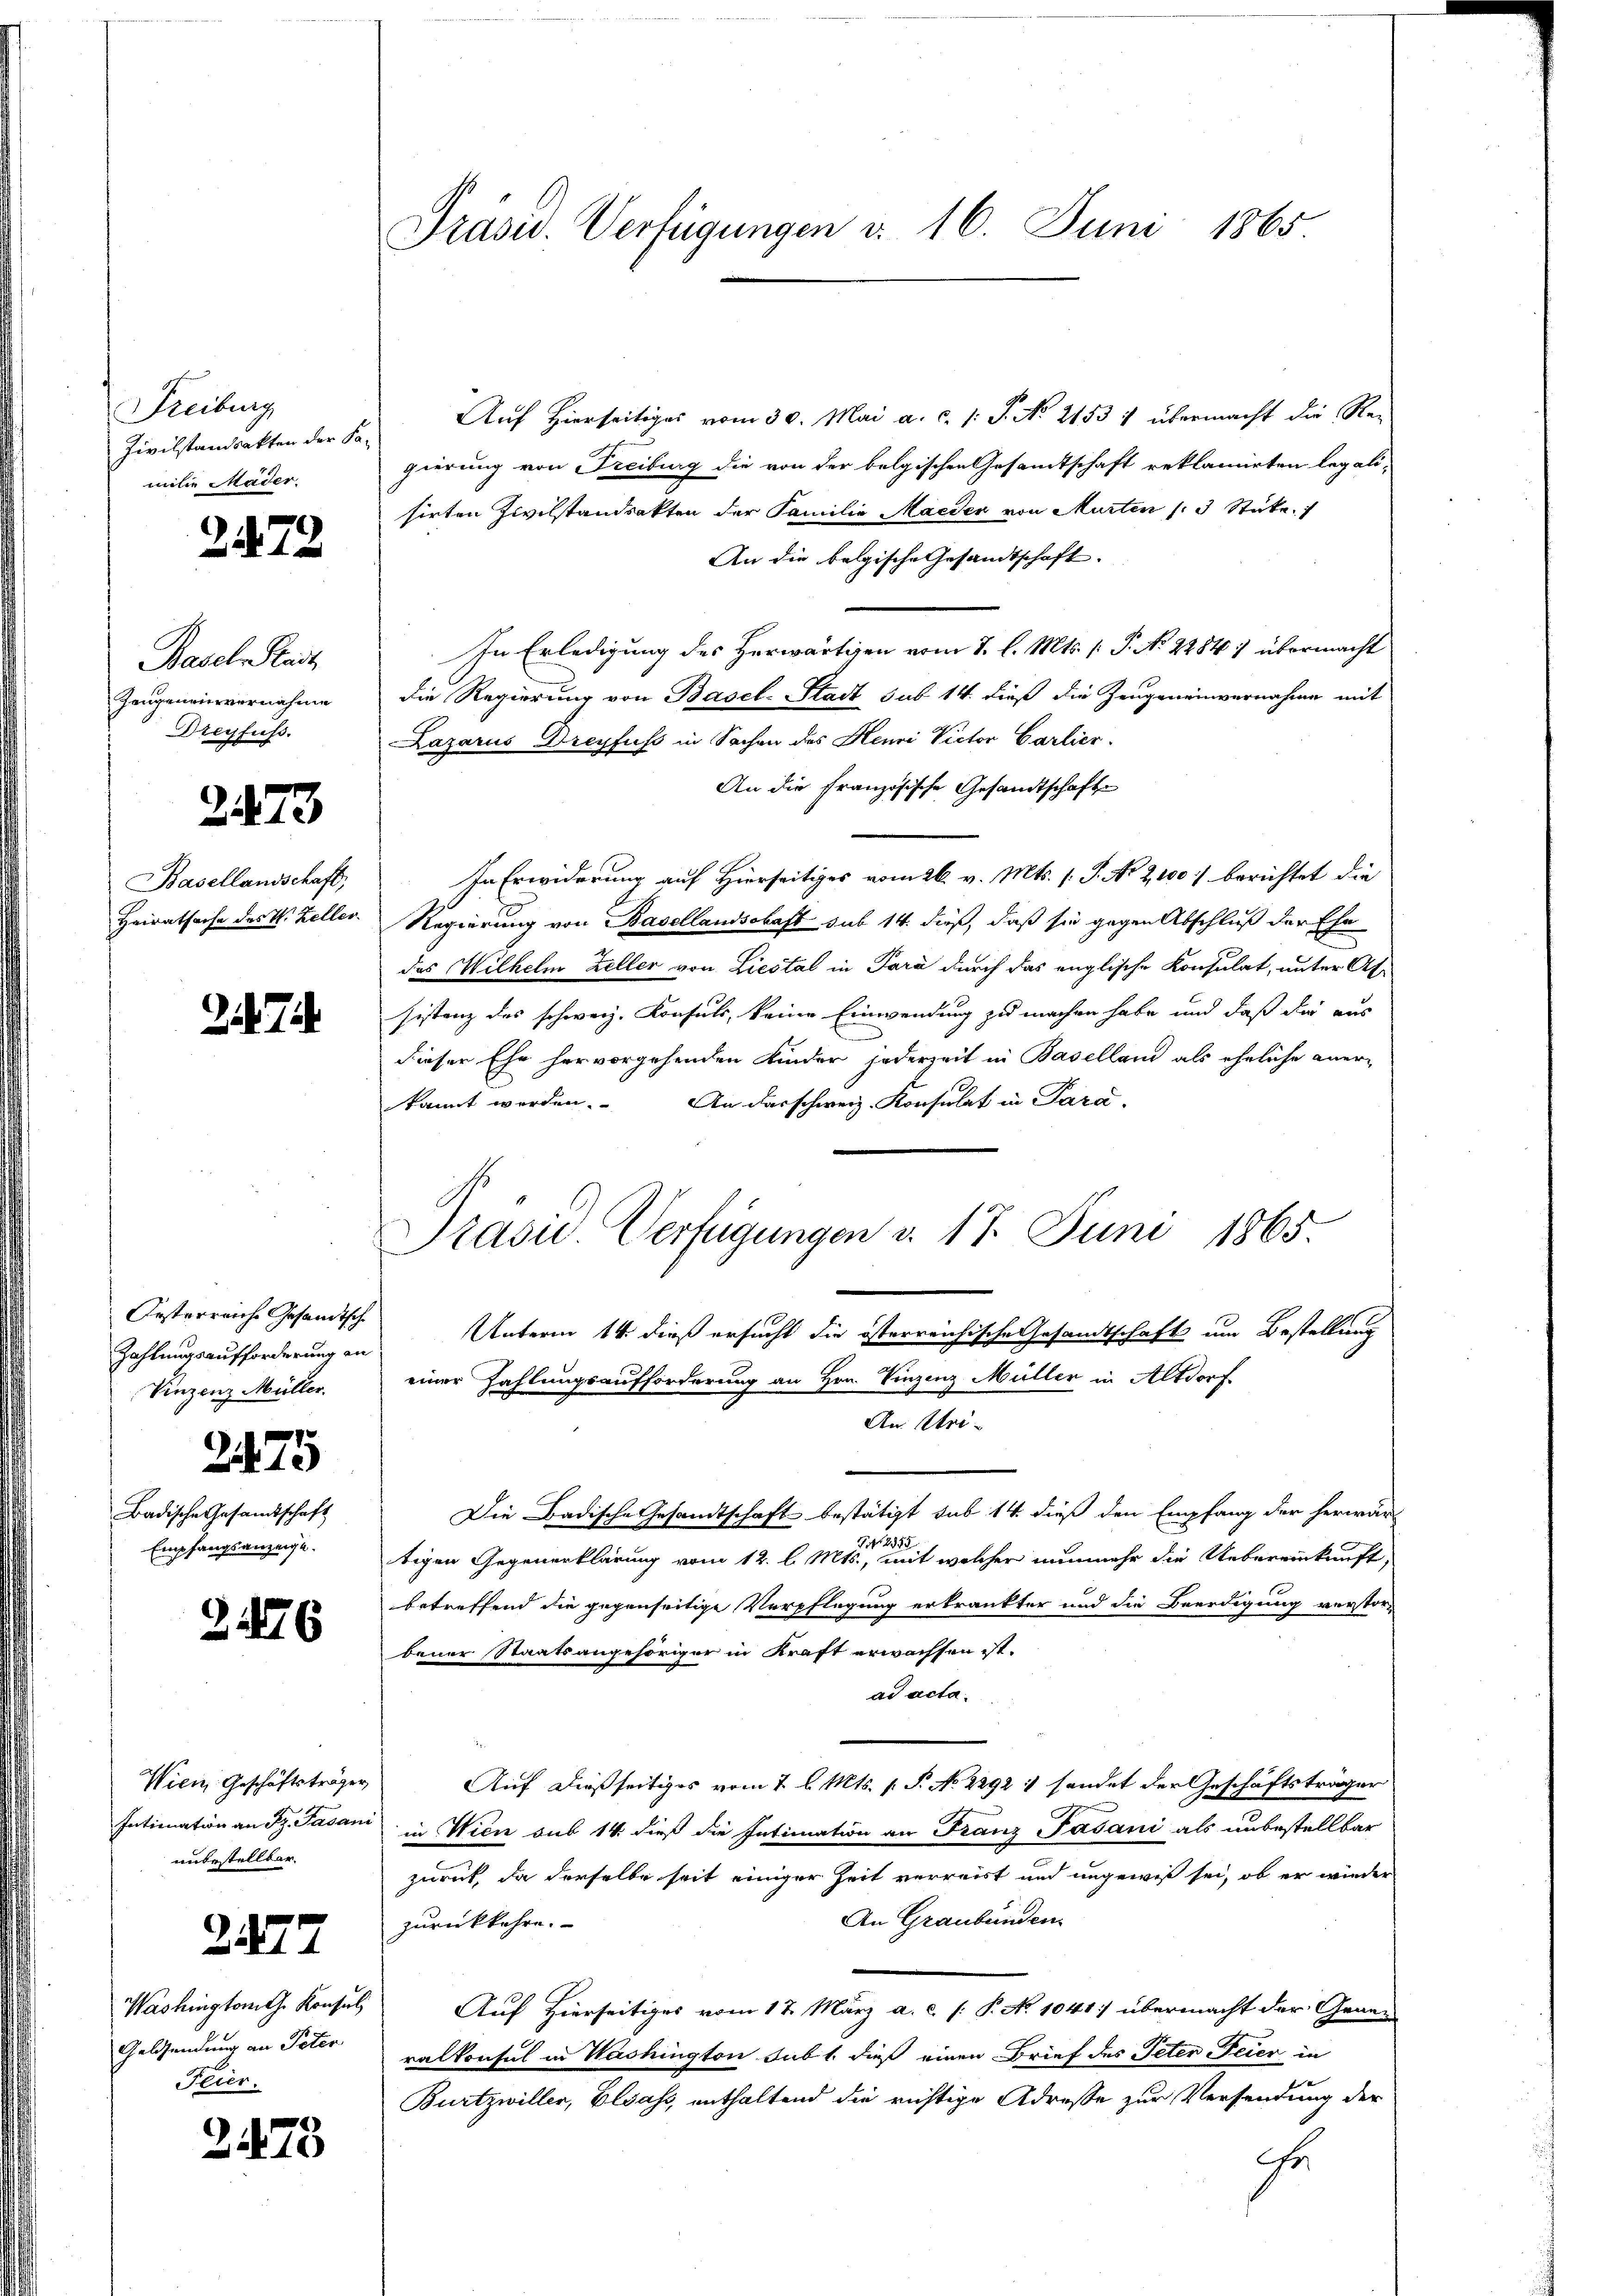
Freiburg
Zivilstandsakten der Pa-
milie Mäder.

2472

Basel-Stadt
Zeugeneinvernahme
Dreyfuss.

2473

Basellandschaft,
Hairatsache des V. Zeller.

7

Ersterreiche Gesandtsch
Vinzenz Müller.

Badische Gesandtschaft
Empfangsanzeige.

2475

2126

Wien, Geschäftsträger
Intimation an Dz. Fasani
unbestellbar.

2177

Washington Konsul
Geldsendung an Peter
Feier.

2475

Präsid. Verfügungen d. 16. Juni 1865.

Auf hierseitiges vom 30. Mai a. c. s. S. No. 2153 4 übermacht die Re-
gierung von Freiburg die von der belgischen Gesamtschaft reklamirten legali-
sirten Zivilstandsakten der Familie Maeder von Murten 3 Stücke
An die belgische Gesandtschaft.
In Erledigung des Herwärtigen vom 7. l. Mts. (: P. No 2284) übermacht
die Regierung von Basel-Stadt sub 14. dieß die Zeugeneinvernahme mit
Lazarus Dreyfuss in Sachen des Henri Victor Carlier.
An die Französische Gesandtschafte
In Erwiderung auf Hierseitiges vom 26. v. Mts. (T. No. 2100) berichtet die
Regierung von Basellandschaft sub 14. dieß, daß sie gegen Abschluß der Ehe
das Wilhelm Zeller von Liestal in Para durch das englische Konsulat, unter Atsistanz des schweiz. Konsuls, keine Einwendung zu machen habe und daß die aus
dieser Ehe hervorgehenden Kinder jederzeit in Baselland als eheliche aner-
kannt werden. An darschweiz. Konsulat in Para-

Präsid. Verfügungen v. 17. Juni 1865.
Zahlungsaufforderungen Unterm 14. dieß ersucht die österreichische Gesandtschaft um Bestellung
einer Zahlungsaufforderung an Hrn. Vinzenz Müller in Altdorf

An Uri-
Die Badische Gesandtschaft bestätigt sub 14. dieß den Empfang der herwär
NNo. 2353
tigen Gegenerklärung vom 12. l. Mts., mit welcher nunmehr die Uebereinkunft,
betreffend die gegenseitige Verpflegung erkrankter und die Beerdigung verstor-
bener Staatsangehöriger in Kraft erwachsen ist.
ad acta.
Auf dießseitiges vom 2 l. Mts. 1. P. No 22921 sendet der Geschäftsträger
in Wien sub 14. dieß die Intimation an Franz Fasani als unbestellbar
zurück, da derselbe seit einiger Zeit verreist und ungewiß sei, ob er wieder
An Graubünden
zurückkehre.
Auf Hierseitiges vom 12. März a. c. (: P. No 1041 übermacht der Gener
ralkonsul in Washington subt dieß einen Brief des Peter Feier in
Burtzwiller, Elsass, enthaltend die richtige Adresse zur Versendung der
Er